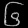
Digit: ၆